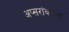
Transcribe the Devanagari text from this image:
अप्सरांवरून